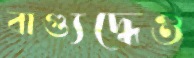
বাগ্যুদ্ধেও